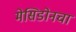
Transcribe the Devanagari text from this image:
मेसिडोनचा